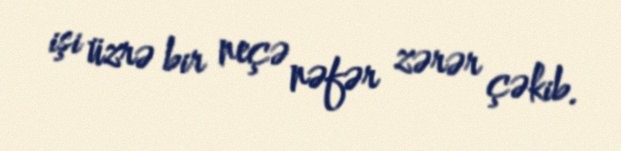
işi üzrə bir neçə nəfər zərər çəkib.